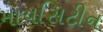
માયસિટીન